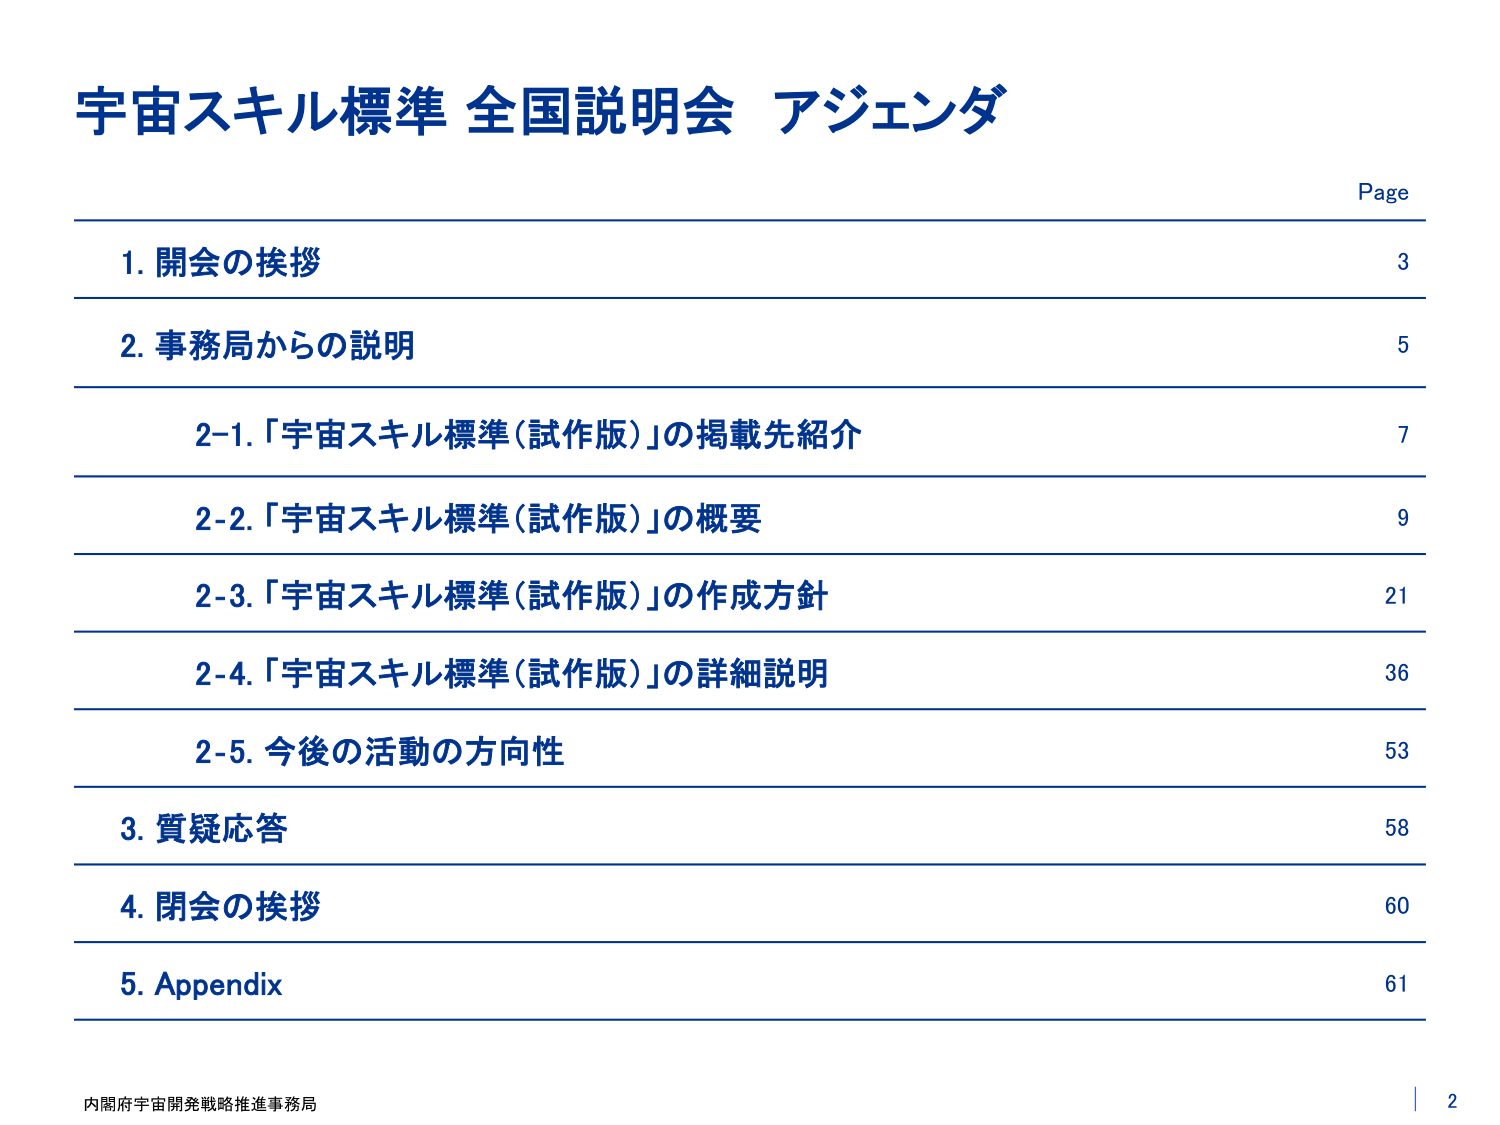
宇宙スキル標準 全国説明会 アジェンダ

Page
1. 開会の挨拶 3
2. 事務局からの説明 5
　2-1. 「宇宙スキル標準（試作版）」の掲載先紹介 7
　2-2. 「宇宙スキル標準（試作版）」の概要 9
　2-3. 「宇宙スキル標準（試作版）」の作成方針 21
　2-4. 「宇宙スキル標準（試作版）」の詳細説明 36
　2-5. 今後の活動の方向性 53
3. 質疑応答 58
4. 閉会の挨拶 60
5. Appendix 61

内閣府宇宙開発戦略推進事務局 | 2